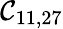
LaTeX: \mathcal{C}_{11,27}